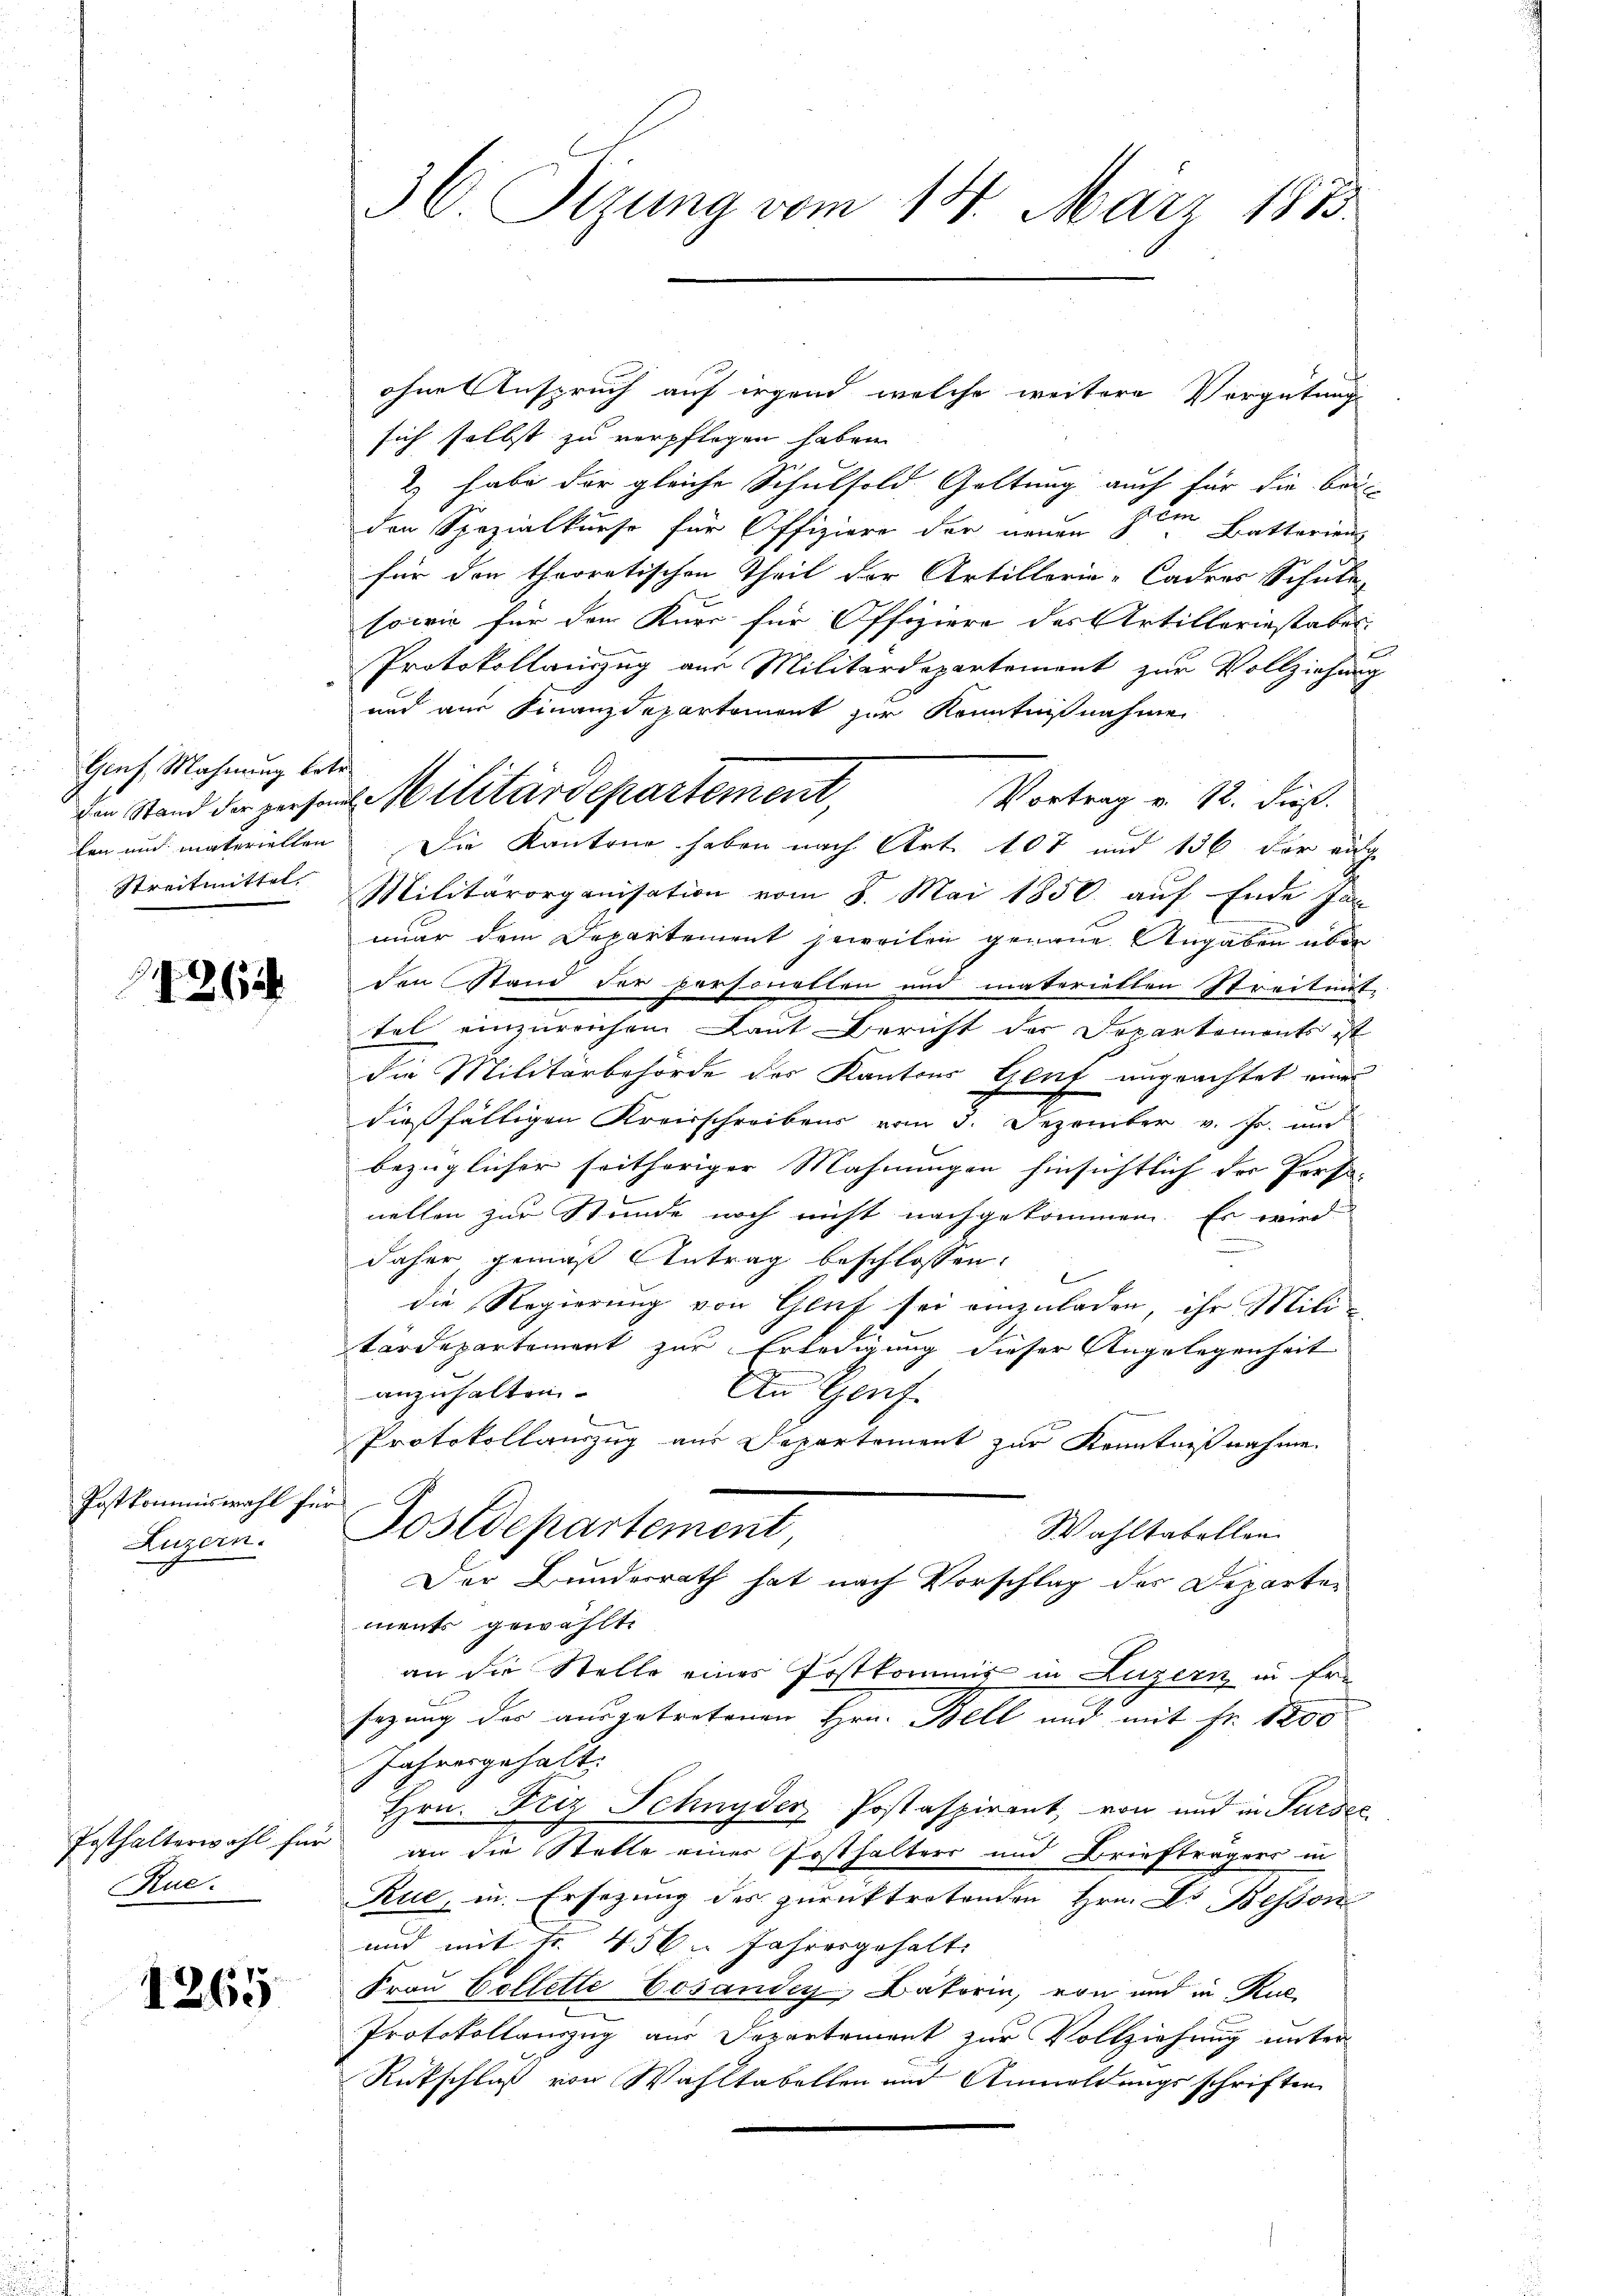
Genf, Mahnung betr.

4364

Postkommiswahl für
Luzern.

Posthalterwahl für
Rue.

1265

ohne Anspruch auf irgend welche weitere Vorgütung
sich selbst zu verpflegen haben.
2) habe der gleiche Schulsold. Geltung auch für die bei
2
den Spezialkurse für Offiziere der neuen den Battarien
für den theoretischen Theil der Artillerie-Cadres Schule
sowie für den Kurs für Offiziere des Artilleriestabel
Protokollauszug aus Militärdepartement zur Vollziehung
und aus Finanzdepartement zur Kenntnißnahme
Vortrag v. 12. dieß.
len und materiellen Die Kantone haben nach Art. 107 und 136 der eing
Streitmittel. Militärorganisation vom 8. Mai 1850. auf Ende Jan
mar dem Departement jeweilen genaue Angaben über
den Stand der personellen und materiellen Streitet,
tel einzureichen Laut Bericht der Departements ist
die Militärbehörde der Kantons Genf ungeachtet eine
dießfälligen Kreisschreibens vom 3. Dezember v. Js. und
bezüglicher seitheriger Mahnungen hinsichtlich der Perso-
nellen zur Stunde noch nicht nachgekommen. Es wird
daher, gemäß Antrag beschlossen.
die Regierung von Gluf sei einzuladen, ihr Mili-
tärdepartement zur Erledigung dieser Angelegenheit
anzuhalten.
An Genf.
Protokollauszug aus Departement zur Kenntnißnahme
Postdepartement
Wahltabellen
Der Bundesrath hat nach Vorschlag des Departen
ments gewählt.
an die Stelle eines Postkommis in Luzern in Er-
sezung des ausgetretenen Hrn. Bell und mit Fr. 1200
Jahresgehalt.
Hrn. Friz Schnyder Postaspirant, von und in Sursee
an die Statte einer Posthalters und Briefträgers in
Rue, in Ersezung des zurücktretenden Hrn. Dr Bessen
und mit Fr. 456. Jahresgehalt
Frau Collette Cosandes Datorin, von und in Ruc
Protokollanzug aus Departement zur Vollziehung unter
Rückschluß von Wahltabellen und Anmeldungsschriften

36. Sizung vom 14. März 1883

den Stand der persandt Militärdepartement,